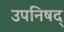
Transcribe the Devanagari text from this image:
उपनिषद्